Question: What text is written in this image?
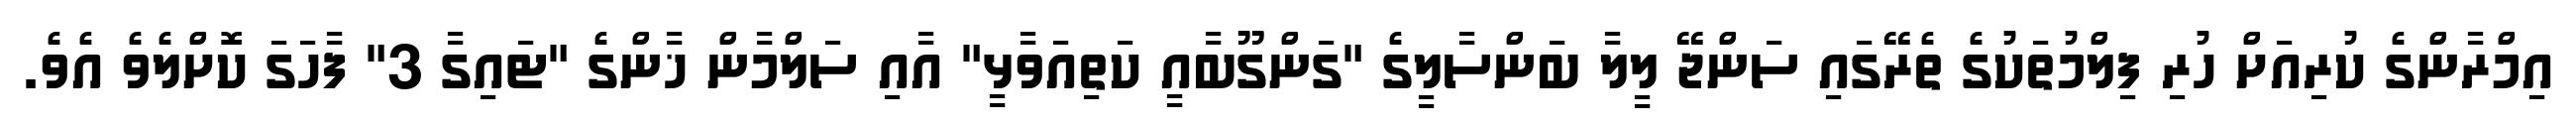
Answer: އިމްރާންގެ ކުރިއަށް ހުރި ފިލްމުތަކުގެ ތެރޭގައި ސަންޖޭ ލީލާ ބަންސާލީގެ "ގަންގޫބާއީ ކަތިއަވާޅީ" އާއި ސަލްމާން ޚާންގެ "ޓައިގާ 3" ފާހަގަ ކޮށްލެވެ އެވެ.